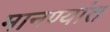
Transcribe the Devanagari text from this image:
मानण्यांत